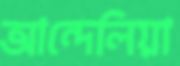
আন্দেলিয়া